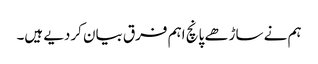
ہم نے ساڑھے پانچ اہم فرق بیان کردیے ہیں۔